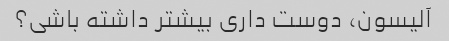
آلیسون، دوست داری بیشتر داشته باشی؟